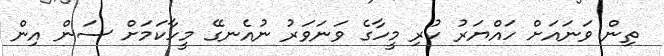
ތިން ވަނައަށް ހައްޔަރު ކުރި މީހާގެ ވަނަވަރު ނުއެނގޭ މީހާކަމަށް ސަން އިން